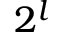
2 ^ { l }